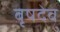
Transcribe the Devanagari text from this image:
वृषदेव